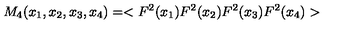
M _ { 4 } ( x _ { 1 } , x _ { 2 } , x _ { 3 } , x _ { 4 } ) = < F ^ { 2 } ( x _ { 1 } ) F ^ { 2 } ( x _ { 2 } ) F ^ { 2 } ( x _ { 3 } ) F ^ { 2 } ( x _ { 4 } ) >